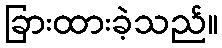
ခြားထားခဲ့သည်။